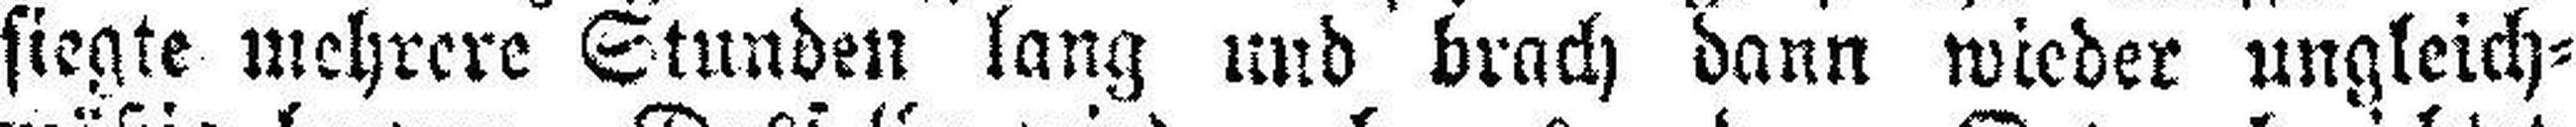
siegte mehrere Stunden lang und brach dann wieder ungleich¬